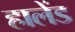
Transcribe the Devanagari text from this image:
हालेंड